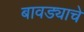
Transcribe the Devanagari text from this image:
बावड्याचे